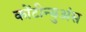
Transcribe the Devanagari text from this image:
कोंटीन्युअंस